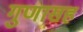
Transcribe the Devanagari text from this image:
गुणासह